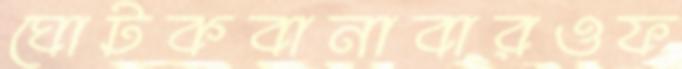
ঘোটকবানাবারওফ